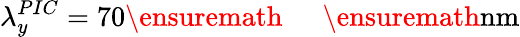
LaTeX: \lambda_{y}^{PIC}=70\ensuremath{\mathrm{~\textrm~{~\, ~}~}}\ensuremath{\mathrm{nm}}